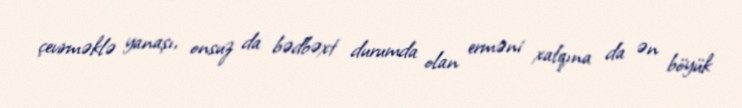
çevirməklə yanaşı, onsuz da bədbəxt durumda olan erməni xalqına da ən böyük